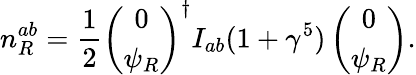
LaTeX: n_{R}^{ab}=\frac 12\left(\begin{array}{c}{{0}}\\ {{\psi_{R}}}\end{array}\right)^{\dagger}I_{ab}(1+\gamma^{5})\left(\begin{array}{c}{{0}}\\ {{\psi_{R}}}\end{array}\right).